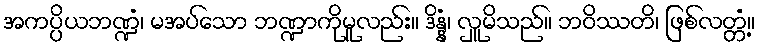
အကပ္ပိယဘဏ္ဍံ၊ မအပ်သော ဘဏ္ဍာကိုမူလည်း။ ဒိန္နံ၊ လှူမိသည်။ ဘဝိဿတိ၊ ဖြစ်လတ္တံ့။